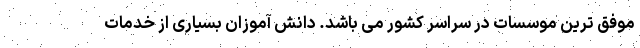
موفق ترین موسسات در سراسر کشور می باشد. دانش آموزان بسیاری از خدمات